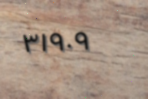
٣١٩٠٩